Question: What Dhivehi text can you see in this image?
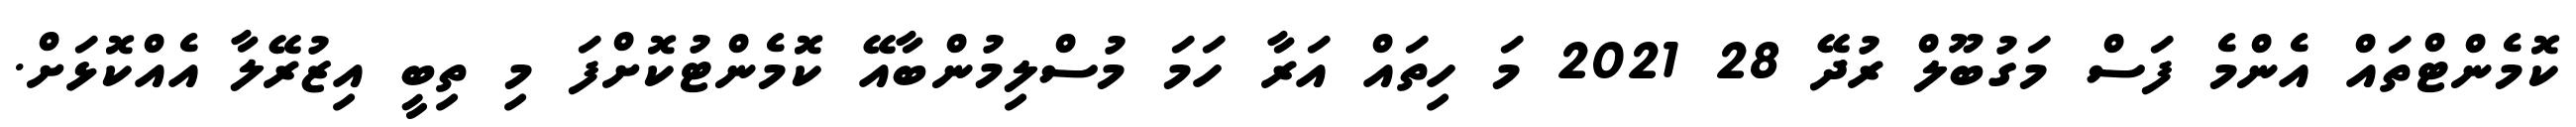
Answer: ކޮމެންޓްތައް އެންމެ ފަސް މަގުބޫލް ރުދޭ 28 2021 މަ ހިތައް އަރާ ހަމަ މުސްލިމުންބާއޭ ކޮމެންޓުކޮށްފަ މި ތިބީ އިޒުރޭލާ އެއްކޮޅަށް.